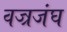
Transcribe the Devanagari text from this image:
वज्रजंघ